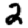
Digit: 2